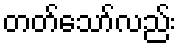
တတ်သော်လည်း